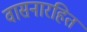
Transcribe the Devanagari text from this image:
वासनारहित